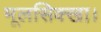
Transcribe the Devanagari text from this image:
मूलसिक्खा।